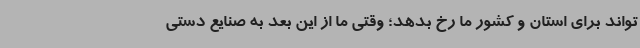
تواند برای استان و کشور ما رخ بدهد؛ وقتی ما از این بعد به صنایع دستی